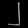
Digit: ၂